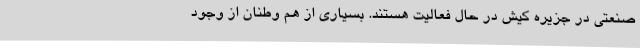
صنعتی در جزیره کیش در حال فعالیت هستند. بسیاری از هم وطنان از وجود